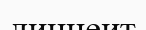
линнеит